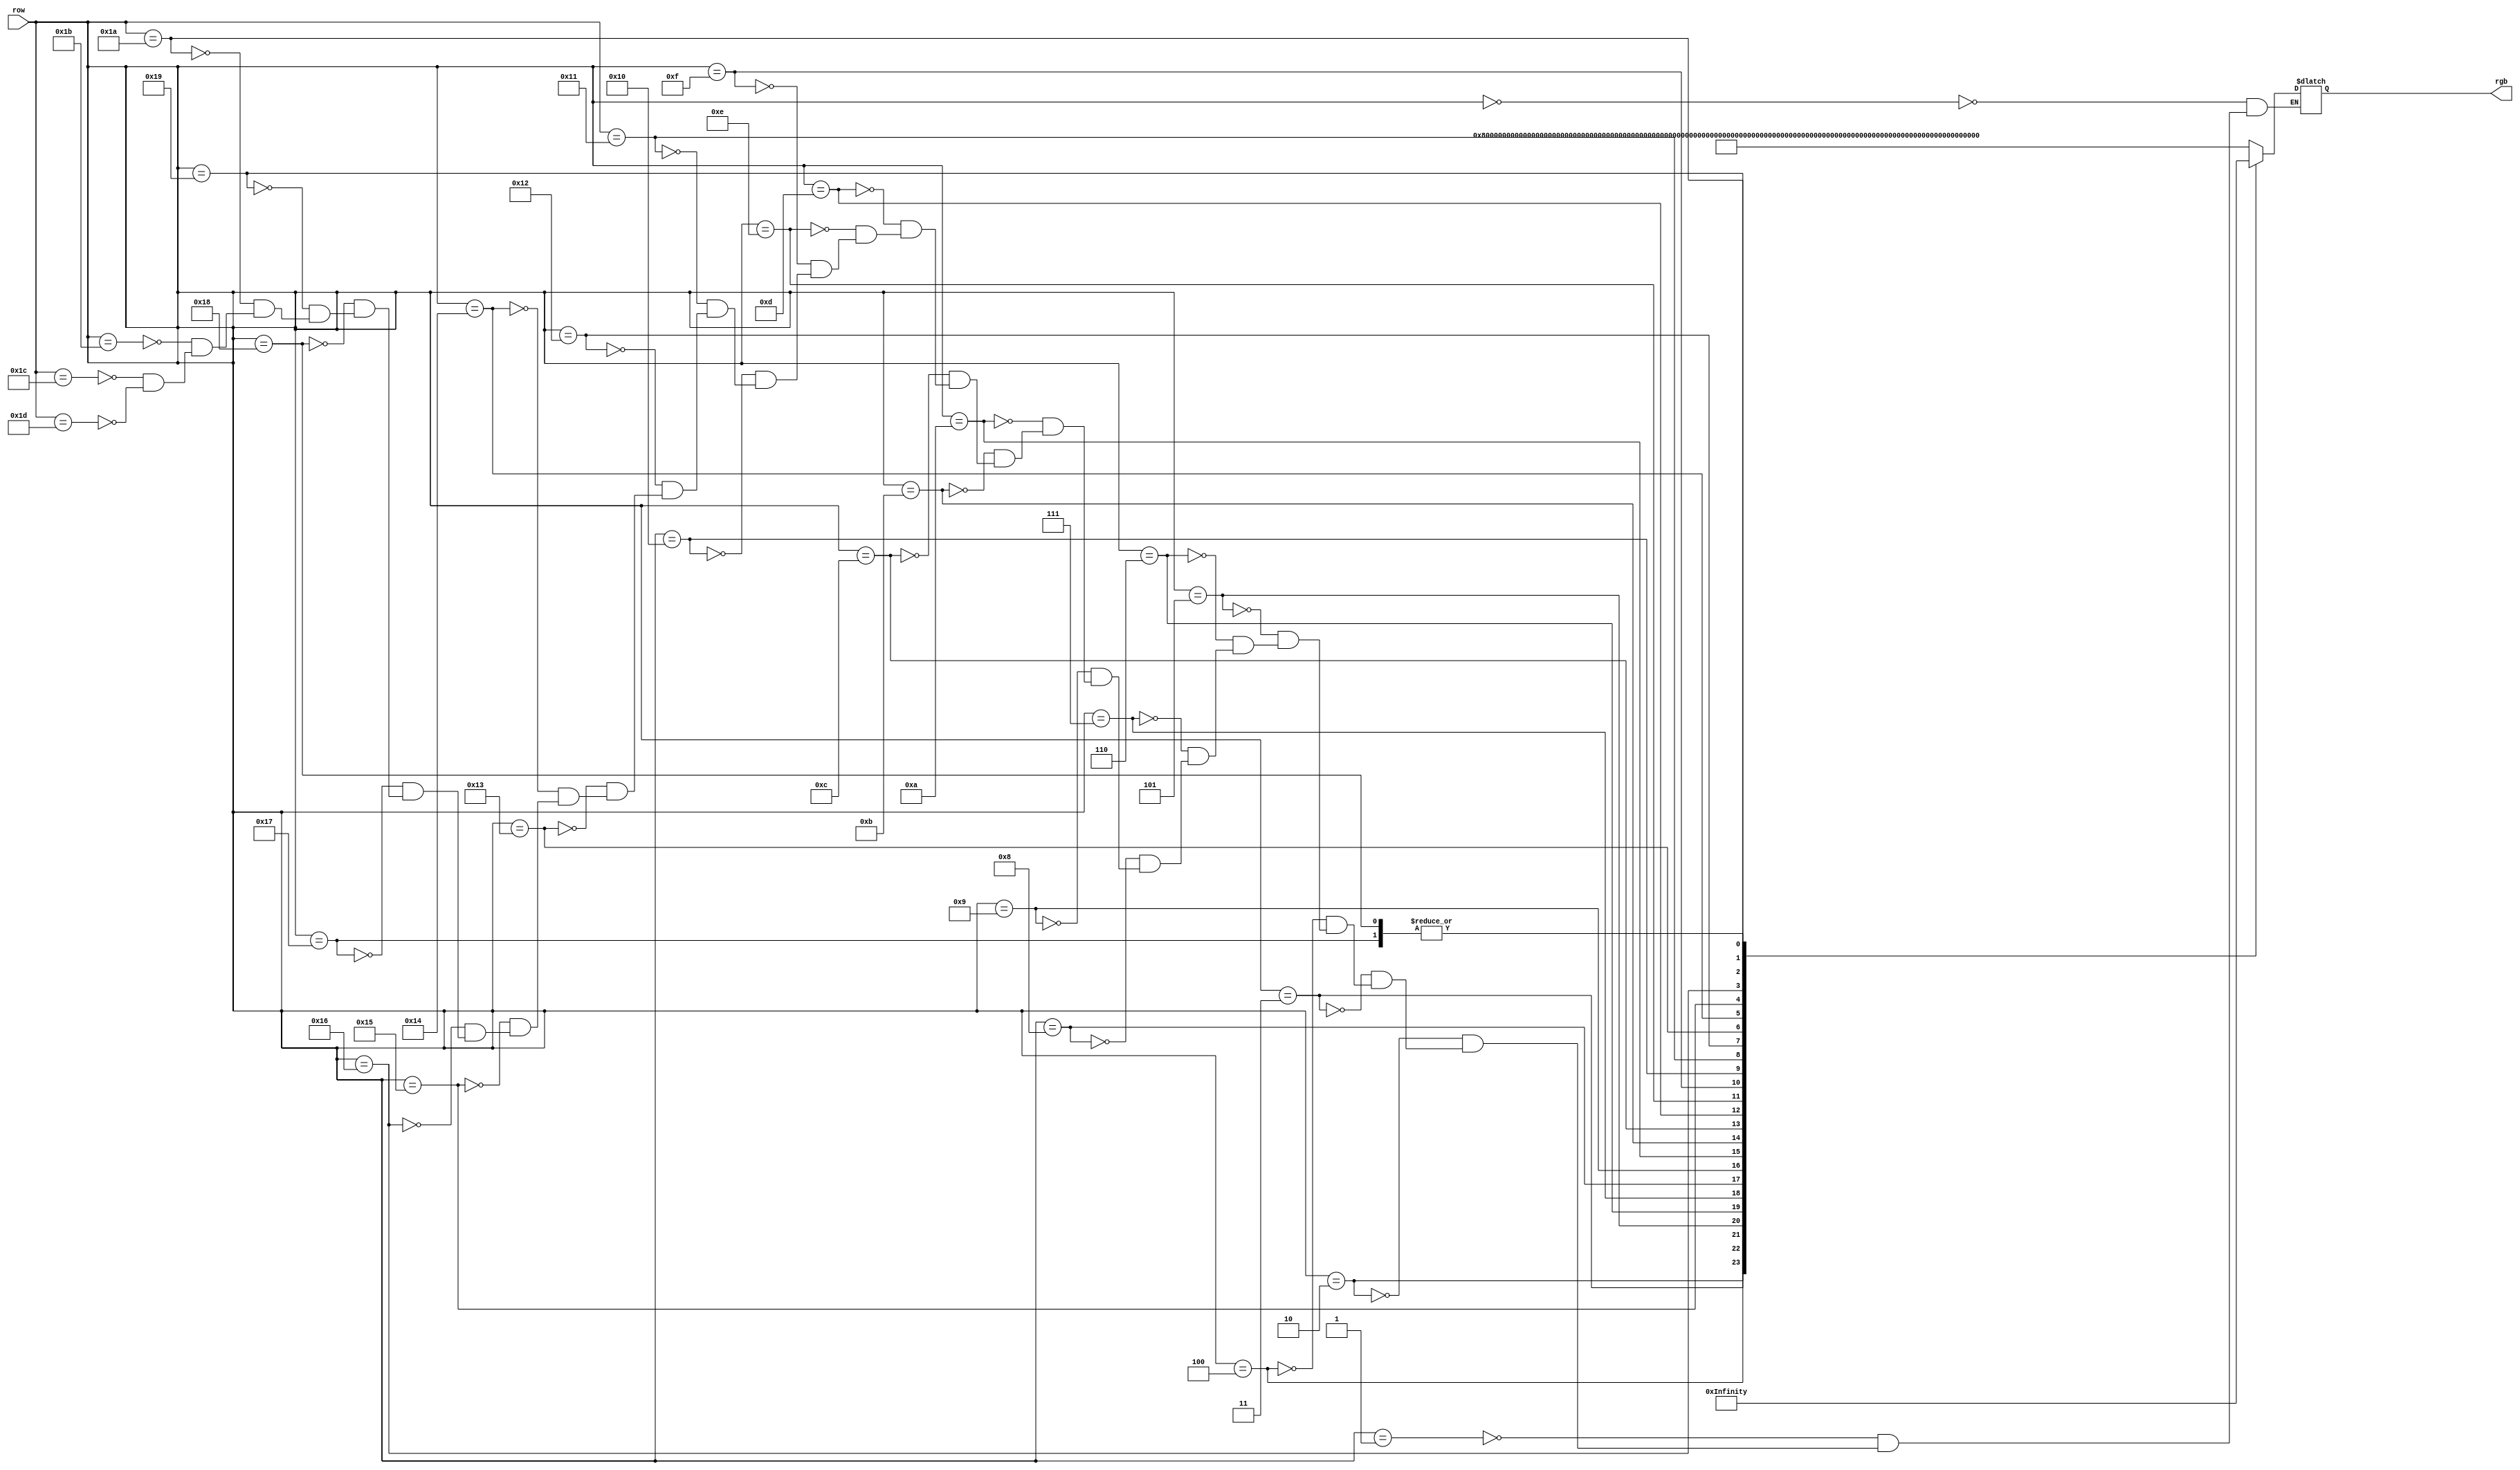
module image_rom(
   input wire [4:0] row,
   output [479:0] rgb);
	
reg [479:0] data; 

always @*
      case (row)
         0: data <= 479'hffffffffffffffffffffffffffffffffffffffffffffffffffffffffffffffffffffffffffffffffffffffffffffffffffffffffffffffffffffffff; 
			1: data <= 479'hffffffffffffffffffffffffffffffffffffffffffffffffffffffffffffffffffffffffffffffffffffffffffffffffffffffffffffffffffffffff;
			2: data <= {96'hffffffffffffffffffffffff, {8'h0, 4'hf}, 12'h000, 240'hffffffffffffffffffffffffffffffffffffffffffffffffffffffffffff, 12'h000, {8'h0, 4'hf}, 96'hffffffffffffffffffffffff};
			3: data <= {84'hfffffffffffffffffffff, {4'hf, 4'hb, 4'hc}, {4'hf, 4'hb, 4'hc}, {8'h0, 4'hf}, 12'h000, 204'hfffffffffffffffffffffffffffffffffffffffffffffffffff, 12'h000, {8'h0, 4'hf}, {4'hf, 4'hb, 4'hc}, {4'hf, 4'hb, 4'hc}, 84'hfffffffffffffffffffff};
			4: data <= {84'hfffffffffffffffffffff, {4'hf, 4'hb, 4'hc}, {4'hf, 4'hb, 4'hc}, {8'h0, 4'hf}, 12'h000, 96'hffffffffffffffffffffffff, 12'h000, 12'hfff, 24'h000, 60'hfffffffffffffff, 12'h000, {8'h0, 4'hf}, {4'hf, 4'hb, 4'hc}, {4'hf, 4'hb, 4'hc}, 84'hfffffffffffffffffffff};
			5: data <= {96'hffffffffffffffffffffffff, {4'hf, 4'hb, 4'hc}, {4'hf, 4'hb, 4'hc}, {8'h0, 4'hf}, 12'h000, 72'hffffffffffffffffff, 12'h000, {8'h0, 4'hf}, 12'h000, {8'h0, 4'hf}, 12'h000, 48'hffffffffffff, 12'h000, {8'h0, 4'hf}, {4'hf, 4'hb, 4'hc}, {4'hf, 4'hb, 4'hc}, {4'hf, 4'hb, 4'hc}, 84'hfffffffffffffffffffff};
			6: data <= {84'hfffffffffffffffffffff, {4'hf, 4'hb, 4'hc}, {4'hf, 4'hb, 4'hc}, {4'hf, 4'hb, 4'hc}, {8'h0, 4'hf}, 12'h000, 48'hffffffffffff, 12'h000, 12'h000, {8'h0, 4'hf}, 12'h000, {8'h0, 4'hf}, 12'h000, 12'h000, 48'hffffffffffff, 12'h000, {8'h0, 4'hf}, {4'hf, 4'hb, 4'hc}, {4'hf, 4'hb, 4'hc}, {4'hf, 4'hb, 4'hc}, 84'hfffffffffffffffffffff};
			7: data <= {84'hfffffffffffffffffffff, {4'hf, 4'hb, 4'hc}, {4'hf, 4'hb, 4'hc}, {4'hf, 4'hb, 4'hc}, {4'hf, 4'hb, 4'hc}, {8'h0, 4'hf}, 24'hffffff, 12'h000, 12'h000, {8'h0, 4'hf}, {8'h0, 4'hf}, {8'h0, 4'hf}, {8'h0, 4'hf}, {8'h0, 4'hf}, {8'h0, 4'hf}, {8'h0, 4'hf}, 12'h000, 12'h000, 24'hffffff, {8'h0, 4'hf}, {4'hf, 4'hb, 4'hc}, {4'hf, 4'hb, 4'hc}, {4'hf, 4'hb, 4'hc}, 96'hffffffffffffffffffffffff};
			8: data <= {84'hfffffffffffffffffffff, {4'hf, 4'hb, 4'hc}, {4'hf, 4'hb, 4'hc}, {4'hf, 4'hb, 4'hc}, {4'hf, 4'hb, 4'hc}, {8'h0, 4'hf}, 12'hfff, 12'h000, {8'h0, 4'hf}, {8'h0, 4'hf}, {8'h0, 4'hf}, {8'h0, 4'hf}, {8'h0, 4'hf}, {8'h0, 4'hf}, {8'h0, 4'hf}, {8'h0, 4'hf}, {8'h0, 4'hf}, {8'h0, 4'hf}, {8'h0, 4'hf}, 12'h000, 12'hfff, {8'h0, 4'hf}, {4'hf, 4'hb, 4'hc}, {4'hf, 4'hb, 4'hc}, {4'hf, 4'hb, 4'hc}, {4'hf, 4'hb, 4'hc}, 84'hfffffffffffffffffffff};
			9: data <= {84'hfffffffffffffffffffff, {4'hf, 4'hb, 4'hc}, {4'hf, 4'hb, 4'hc}, {4'hf, 4'hb, 4'hc}, {4'hf, 4'hb, 4'hc}, {8'h0, 4'hf}, 12'h000, {4'h6, 4'hb, 4'hf}, {8'h0, 4'hf}, {8'h0, 4'hf}, {8'h0, 4'hf}, {8'h0, 4'hf}, {8'h0, 4'hf}, {8'h0, 4'hf}, {8'h0, 4'hf}, {8'h0, 4'hf}, {8'h0, 4'hf}, {8'h0, 4'hf}, {8'h0, 4'hf}, {4'h6, 4'hb, 4'hf}, 12'h000, {8'h0, 4'hf}, {4'hf, 4'hb, 4'hc}, {4'hf, 4'hb, 4'hc}, {4'hf, 4'hb, 4'hc}, {4'hf, 4'hb, 4'hc}, 84'hfffffffffffffffffffff};
			10: data <= {96'hffffffffffffffffffffffff, {4'hf, 4'hb, 4'hc}, {4'hf, 4'hb, 4'hc}, {4'hf, 4'hb, 4'hc}, 12'h000, {4'h6, 4'hb, 4'hf}, 12'h000, {4'h6, 4'hb, 4'hf}, {8'h0, 4'hf}, {8'h0, 4'hf}, {8'h0, 4'hf}, {8'h0, 4'hf}, {8'h0, 4'hf}, {8'h0, 4'hf}, {8'h0, 4'hf}, {8'h0, 4'hf}, {8'h0, 4'hf}, {4'h6, 4'hb, 4'hf}, 12'h000, {4'h6, 4'hb, 4'hf}, 12'h000, {4'hf, 4'hb, 4'hc}, {4'hf, 4'hb, 4'hc}, {4'hf, 4'hb, 4'hc}, 96'hffffffffffffffffffffffff};
			11: data <= {96'hffffffffffffffffffffffff, 12'h000, {4'hf, 4'hb, 4'hc}, 12'h000, {4'h6, 4'hb, 4'hf}, 36'h000000000, {4'h6, 4'hb, 4'hf}, {8'h0, 4'hf}, {8'h0, 4'hf}, {8'h0, 4'hf}, {8'h0, 4'hf}, {8'h0, 4'hf}, {8'h0, 4'hf}, {8'h0, 4'hf}, {4'h6, 4'hb, 4'hf}, 36'h000000000, {4'h6, 4'hb, 4'hf}, 12'h000, {4'hf, 4'hb, 4'hc}, 12'h000, 96'hffffffffffffffffffffffff};
			12: data <= {108'hfffffffffffffffffffffffffff, {4'hf, 4'hb, 4'hc}, 12'h000, {4'h6, 4'hb, 4'hf}, 24'h000000, 12'hfff, 12'h000, {4'h6, 4'hb, 4'hf}, {8'h0, 4'hf}, {8'h0, 4'hf}, {8'h0, 4'hf}, {8'h0, 4'hf}, {8'h0, 4'hf}, {4'h6, 4'hb, 4'hf}, 12'h000, 12'hfff, 24'h000000, {4'h6, 4'hb, 4'hf}, 12'h000, {4'hf, 4'hb, 4'hc}, 108'hfffffffffffffffffffffffffff};
			13: data <= {108'hfffffffffffffffffffffffffff, 24'h000000, {4'h6, 4'hb, 4'hf}, 48'h000000000000, {4'h6, 4'hb, 4'hf}, {8'h0, 4'hf}, {8'h0, 4'hf}, {8'h0, 4'hf}, {8'h0, 4'hf}, {8'h0, 4'hf}, {4'h6, 4'hb, 4'hf}, 48'h000000000000, {4'h6, 4'hb, 4'hf}, 24'h000000, 108'hfffffffffffffffffffffffffff};
			14: data <= {120'hffffffffffffffffffffffffffffff, 12'h000, {4'h6, 4'hb, 4'hf}, 12'h000, 12'hfff, 24'h000000, {4'h6, 4'hb, 4'hf}, {8'h0, 4'hf}, 36'h000000000, {8'h0, 4'hf}, {4'h6, 4'hb, 4'hf}, 24'h000000, 12'hfff, 12'h000, {4'h6, 4'hb, 4'hf}, 12'h000, 120'hffffffffffffffffffffffffffffff};
			15: data <= {120'hffffffffffffffffffffffffffffff, 12'h000, {8'h0, 4'hf}, {4'h6, 4'hb, 4'hf}, 24'h000000, {4'h6, 4'hb, 4'hf}, {8'h0, 4'hf}, 60'h000000000000000, {8'h0, 4'hf}, {4'h6, 4'hb, 4'hf}, 24'h000000, {4'h6, 4'hb, 4'hf}, {8'h0, 4'hf}, 12'h000, 120'hffffffffffffffffffffffffffffff};
			16: data <= {120'hffffffffffffffffffffffffffffff, 12'h000, {8'h0, 4'hf}, {8'h0, 4'hf}, {4'h6, 4'hb, 4'hf}, {4'h6, 4'hb, 4'hf}, {8'h0, 4'hf}, {8'h0, 4'hf}, {8'h0, 4'hf}, 36'h000000000, {8'h0, 4'hf}, {8'h0, 4'hf}, {8'h0, 4'hf}, {4'h6, 4'hb, 4'hf}, {4'h6, 4'hb, 4'hf}, {8'h0, 4'hf}, {8'h0, 4'hf}, 12'h000, 120'hffffffffffffffffffffffffffffff};
			17: data <= {132'hfffffffffffffffffffffffffffffffff, {8'h0, 4'hf}, {8'h0, 4'hf}, {8'h0, 4'hf}, {8'h0, 4'hf}, {8'h0, 4'hf}, {8'h0, 4'hf}, {8'h0, 4'hf}, {8'h0, 4'hf}, {8'h0, 4'hf}, {8'h0, 4'hf}, {8'h0, 4'hf}, {8'h0, 4'hf}, {8'h0, 4'hf}, {8'h0, 4'hf}, {8'h0, 4'hf}, {8'h0, 4'hf}, {8'h0, 4'hf}, 132'hfffffffffffffffffffffffffffffffff};
			18: data <= {144'hffffffffffffffffffffffffffffffffffff, {8'h0, 4'hf}, {4'h6, 4'hb, 4'hf}, {4'h6, 4'hb, 4'hf}, {4'h6, 4'hb, 4'hf}, {4'h6, 4'hb, 4'hf}, {4'h6, 4'hb, 4'hf}, {4'h6, 4'hb, 4'hf}, {4'h6, 4'hb, 4'hf}, {4'h6, 4'hb, 4'hf}, {4'h6, 4'hb, 4'hf}, {4'h6, 4'hb, 4'hf}, {4'h6, 4'hb, 4'hf}, {4'h6, 4'hb, 4'hf}, {4'h6, 4'hb, 4'hf}, {8'h0, 4'hf}, 144'hffffffffffffffffffffffffffffffffffff};
			19: data <= {192'hffffffffffffffffffffffffffffffffffffffffffffffff, 12'h000, {8'h0, 4'hf}, {4'h6, 4'hb, 4'hf}, {4'h6, 4'hb, 4'hf}, {4'h6, 4'hb, 4'hf}, {8'h0, 4'hf}, 12'h000, 192'hffffffffffffffffffffffffffffffffffffffffffffffff}; 
			20: data <= {180'hfffffffffffffffffffffffffffffffffffffffffffff, 12'h000, {8'h0, 4'hf}, {8'h0, 4'hf}, 12'h000, {4'h6, 4'hb, 4'hf}, 12'h000, {8'h0, 4'hf}, {8'h0, 4'hf}, 12'h000, 180'hfffffffffffffffffffffffffffffffffffffffffffff};
			21: data <= {168'hffffffffffffffffffffffffffffffffffffffffff, 36'h000000000, {8'h0, 4'hf}, 12'h000, {4'h6, 4'hb, 4'hf}, 12'h000, {8'h0, 4'hf}, 36'h000000000, 168'hffffffffffffffffffffffffffffffffffffffffff};
			22: data <= {156'hfffffffffffffffffffffffffffffffffffffff, 12'h000, {8'h0, 4'hf}, {8'h0, 4'hf}, {8'h0, 4'hf}, 24'h000000, {4'h6, 4'hb, 4'hf}, 24'h000000, {8'h0, 4'hf}, {8'h0, 4'hf}, {8'h0, 4'hf}, 12'h000, 156'hfffffffffffffffffffffffffffffffffffffff};
			23: data <= {156'hfffffffffffffffffffffffffffffffffffffff, 36'h000000000, {8'h0, 4'hf}, 12'h000, {4'h6, 4'hb, 4'hf}, {4'h6, 4'hb, 4'hf}, {4'h6, 4'hb, 4'hf}, 12'h000, {8'h0, 4'hf}, 36'h000000000, 156'hfffffffffffffffffffffffffffffffffffffff};
			24: data <= {156'hfffffffffffffffffffffffffffffffffffffff, 36'h000000000, {8'h0, 4'hf}, 12'h000, {4'h6, 4'hb, 4'hf}, {4'h6, 4'hb, 4'hf}, {4'h6, 4'hb, 4'hf}, 12'h000, {8'h0, 4'hf}, 36'h000000000, 156'hfffffffffffffffffffffffffffffffffffffff};
			25: data <= {156'hfffffffffffffffffffffffffffffffffffffff, 12'h000, {8'h0, 4'hf}, {8'h0, 4'hf}, {8'h0, 4'hf}, 60'h000000000000000, {8'h0, 4'hf}, {8'h0, 4'hf}, {8'h0, 4'hf}, 12'h000, 156'hfffffffffffffffffffffffffffffffffffffff};
			26: data <= {168'hffffffffffffffffffffffffffffffffffffffffff, 36'h000000000, 60'hfffffffffffffff, 36'h000000000, 168'hffffffffffffffffffffffffffffffffffffffffff};
			27: data <= 479'hffffffffffffffffffffffffffffffffffffffffffffffffffffffffffffffffffffffffffffffffffffffffffffffffffffffffffffffffffffffff;
			28: data <= 479'hffffffffffffffffffffffffffffffffffffffffffffffffffffffffffffffffffffffffffffffffffffffffffffffffffffffffffffffffffffffff;
			29: data <= 479'hffffffffffffffffffffffffffffffffffffffffffffffffffffffffffffffffffffffffffffffffffffffffffffffffffffffffffffffffffffffff;
			
 endcase  
 
assign rgb = data;
 
 endmodule